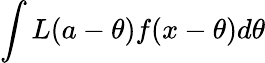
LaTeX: \int L(a-\theta)f(x-\theta)d\theta